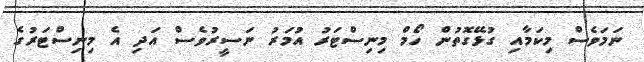
ނަމަވެސް މިކަމާއި ގުޅޭގޮތުން ހޯމް މިނިސްޓަރު އުމަރު ނަސީރުވެސް އަދި އެ މިނިސްޓަރުގެ